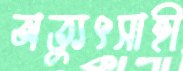
অত্যুৎসাহী